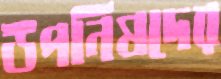
উপনিষদের